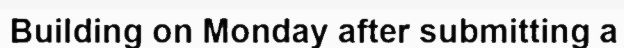
Building on Monday after submitting a